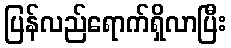
ပြန်လည်ရောက်ရှိလာပြီး